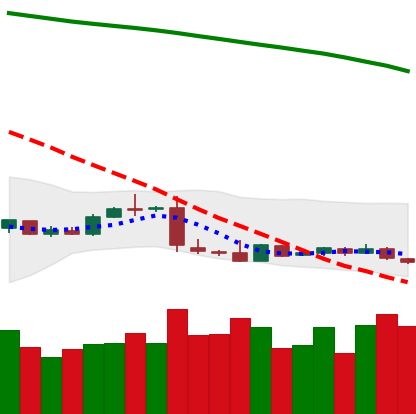
Ticker: XLM-USD
Chart end date: 2019-01-21
Forward return: -3.256%
Label: down_3_5